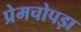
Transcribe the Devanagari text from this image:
प्रेमचोपड़ा